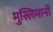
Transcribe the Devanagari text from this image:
मुस्लिमानों